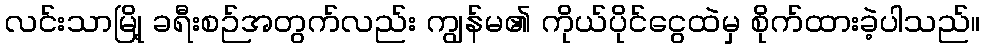
လင်းသာမြို့ ခရီးစဉ်အတွက်လည်း ကျွန်မ၏ ကိုယ်ပိုင်ငွေထဲမှ စိုက်ထားခဲ့ပါသည်။